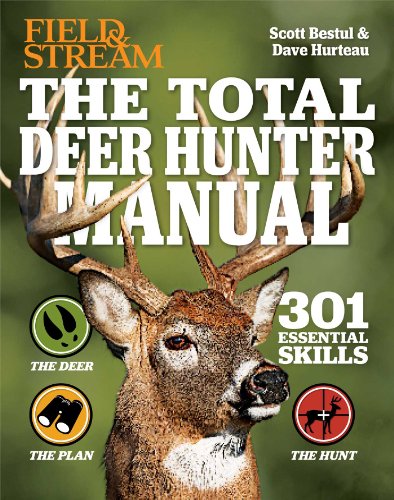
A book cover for The Total Deer Hunter Manual (Field & Stream): 301 Hunting Skills You Should Know; Scott Bestul; Reference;